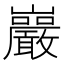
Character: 巖